Indian journal of veterinary science and animal husbandry - Volumes 22-23, 1952-1953
Year: 1952
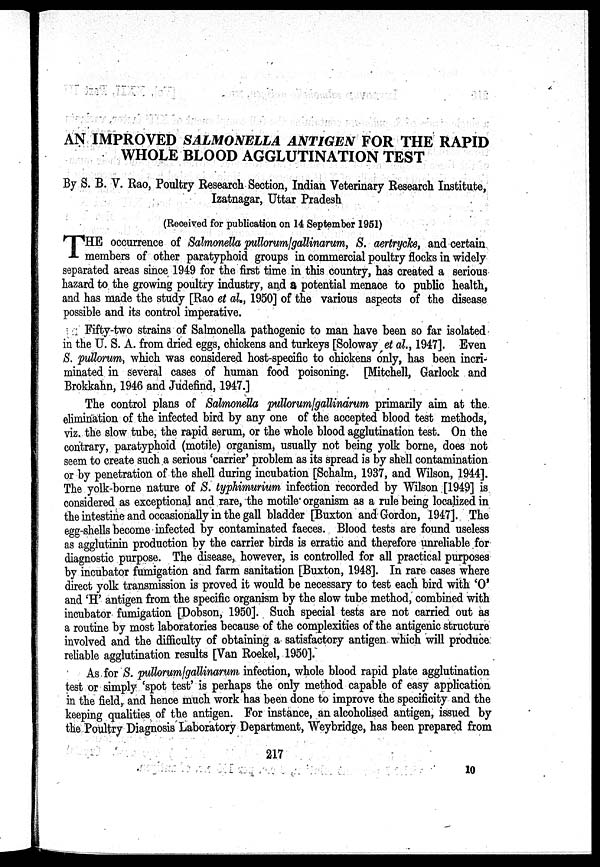
AN IMPROVED SALMONELLA ANTIGEN FOR THE RAPID
WHOLE BLOOD AGGLUTINATION TEST
By S. B. V. Rao, Poultry Research Section, Indian Veterinary Research Institute,
Izatnagar, Uttar Pradesh
(Received for publication on 14 September 1951)
T HE occurrence of Salmonella pullorum/gallinarum, S. aertrycke, and certain
members of other paratyphoid groups in commercial poultry flocks in widely
separated areas since 1949 for the first time in this country, has created a serious
hazard to the growing poultry industry, and a potential menace to public health,
and has made the study [Rao et al., 1950] of the various aspects of the disease
possible and its control imperative.
Fifty-two strains of Salmonella pathogenic to man have been so far isolated-
in the U. S. A. from dried eggs, chickens and turkeys [Soloway et al., 1947]. Even
S. pullorum, which was considered host-specific to chickens only, has been incri-
minated in several cases of human food poisoning. [Mitchell, Garlock and
Brokkahn, 1946 and Judefind, 1947.]
The control plans of Salmonella pullorum/gallinarum primarily aim at the
elimination of the infected bird by any one of the accepted blood test methods,
viz. the slow tube, the rapid serum, or the whole blood agglutination test. On the
contrary, paratyphoid (motile) organism, usually not being yolk borne, does not
seem to create such a serious 'carrier' problem as its spread is by shell contamination
or by penetration of the shell during incubation [Schalm, 1937, and Wilson, 1944].
The yolk-borne nature of S. typhimurium infection recorded by Wilson [1949] is
considered as exceptional and rare, the motile organism as a rule being localized in
the intestine and occasionally in the gall bladder [Buxton and Gordon, 1947]. The
egg-shells become infected by contaminated faeces. Blood tests are found useless
as agglutinin production by the carrier birds is erratic and therefore unreliable for
diagnostic purpose. The disease, however, is controlled for all practical purposes
by incubator fumigation and farm sanitation [Buxton, 1948]. In rare cases where
direct yolk transmission is proved it would be necessary to test each bird with '0'
and 'H' antigen from the specific organism by the slow tube method, combined with
incubator fumigation [Dobson, 1950]. Such special tests are not carried out as
a routine by most laboratories because of the complexities of the antigenic structure
involved and the difficulty of obtaining a satisfactory antigen which will produce.
reliable agglutination results [Van Roekel, 1950].
As for S. pullorum/gallinarum infection, whole blood rapid plate agglutination
test or simply 'spot test' is perhaps the only method capable of easy application
in the field, and hence much work has been done to improve the specificity and the
keeping qualities of the antigen. For instance, an alcoholised antigen, issued by
the Poultry Diagnosis Laboratory Department, "Weybridge, has been prepared from
217
10